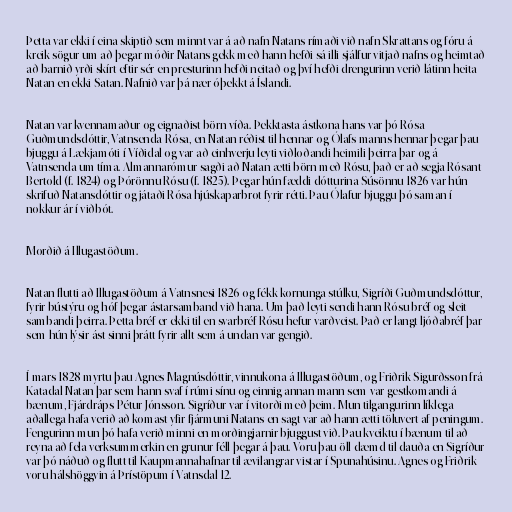
Þetta var ekki í eina skiptið sem minnt var á að nafn Natans rímaði við nafn Skrattans og fóru á
kreik sögur um að þegar móðir Natans gekk með hann hefði sá illi sjálfur vitjað nafns og heimtað
að barnið yrði skírt eftir sér en presturinn hefði neitað og því hefði drengurinn verið látinn heita
Natan en ekki Satan. Nafnið var þá nær óþekkt á Íslandi.

Natan var kvennamaður og eignaðist börn víða. Þekktasta ástkona hans var þó Rósa
Guðmundsdóttir, Vatnsenda-Rósa, en Natan réðist til hennar og Ólafs manns hennar þegar þau
bjuggu á Lækjamóti í Víðidal og var að einhverju leyti viðloðandi heimili þeirra þar og á
Vatnsenda um tíma. Almannarómur sagði að Natan ætti börn með Rósu, það er að segja Rósant
Bertold (f. 1824) og Þórönnu Rósu (f. 1825). Þegar hún fæddi dótturina Súsönnu 1826 var hún
skrifuð Natansdóttir og játaði Rósa hjúskaparbrot fyrir rétti. Þau Ólafur bjuggu þó saman í
nokkur ár í viðbót.

Morðið á Illugastöðum.

Natan flutti að Illugastöðum á Vatnsnesi 1826 og fékk kornunga stúlku, Sigríði Guðmundsdóttur,
fyrir bústýru og hóf þegar ástarsamband við hana. Um það leyti sendi hann Rósu bréf og sleit
sambandi þeirra. Þetta bréf er ekki til en svarbréf Rósu hefur varðveist. Það er langt ljóðabréf þar
sem hún lýsir ást sinni þrátt fyrir allt sem á undan var gengið.

Í mars 1828 myrtu þau Agnes Magnúsdóttir, vinnukona á Illugastöðum, og Friðrik Sigurðsson frá
Katadal Natan þar sem hann svaf í rúmi sínu og einnig annan mann sem var gestkomandi á
bænum, Fjárdráps-Pétur Jónsson. Sigríður var í vitorði með þeim. Mun tilgangurinn líklega
aðallega hafa verið að komast yfir fjármuni Natans en sagt var að hann ætti töluvert af peningum.
Fengurinn mun þó hafa verið minni en morðingjarnir bjuggust við. Þau kveiktu í bænum til að
reyna að fela verksummerkin en grunur féll þegar á þau. Voru þau öll dæmd til dauða en Sigríður
var þó náðuð og flutt til Kaupmannahafnar til ævilangrar vistar í Spunahúsinu. Agnes og Friðrik
voru hálshöggvin á Þrístöpum í Vatnsdal 12.